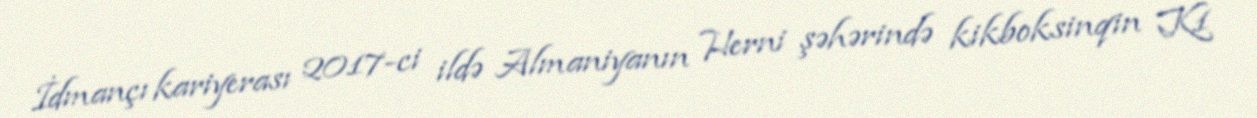
İdmançı kariyerası 2017-ci ildə Almaniyanın Herni şəhərində kikboksinqin K1